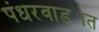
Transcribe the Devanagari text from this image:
पंधरवाड्यात